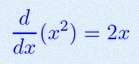
\frac{d}{dx}(x^2)=2x